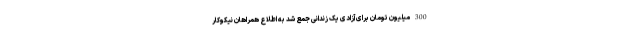
300 میلیون تومان برای آزادی یک زندانی جمع شد به اطلاع همراهان نیکوکار